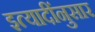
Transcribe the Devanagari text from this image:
इत्यादींनुसार